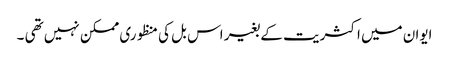
ایوان میں اکثریت کے بغیر اس بل کی منظوری ممکن نہیں تھی ۔